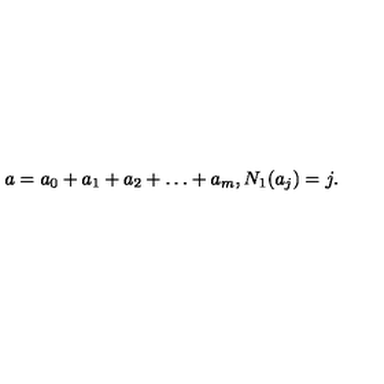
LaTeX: a = a _ { 0 } + a _ { 1 } + a _ { 2 } + \dots + a _ { m } , N _ { 1 } ( a _ { j } ) = j .